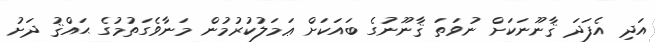
އަދި އެފަދަ ޤާނޫނަކަށް ނުވަތަ ޤާނޫނުގެ ބައަކަށް ޢަމަލުކުރުމުން މަނާވެގަތުމުގެ ޙައްޤު ދަށު